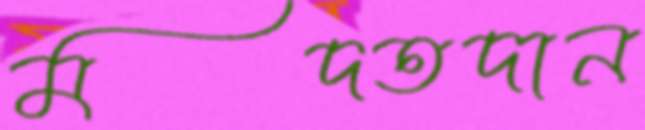
মদতদান